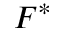
F ^ { * }